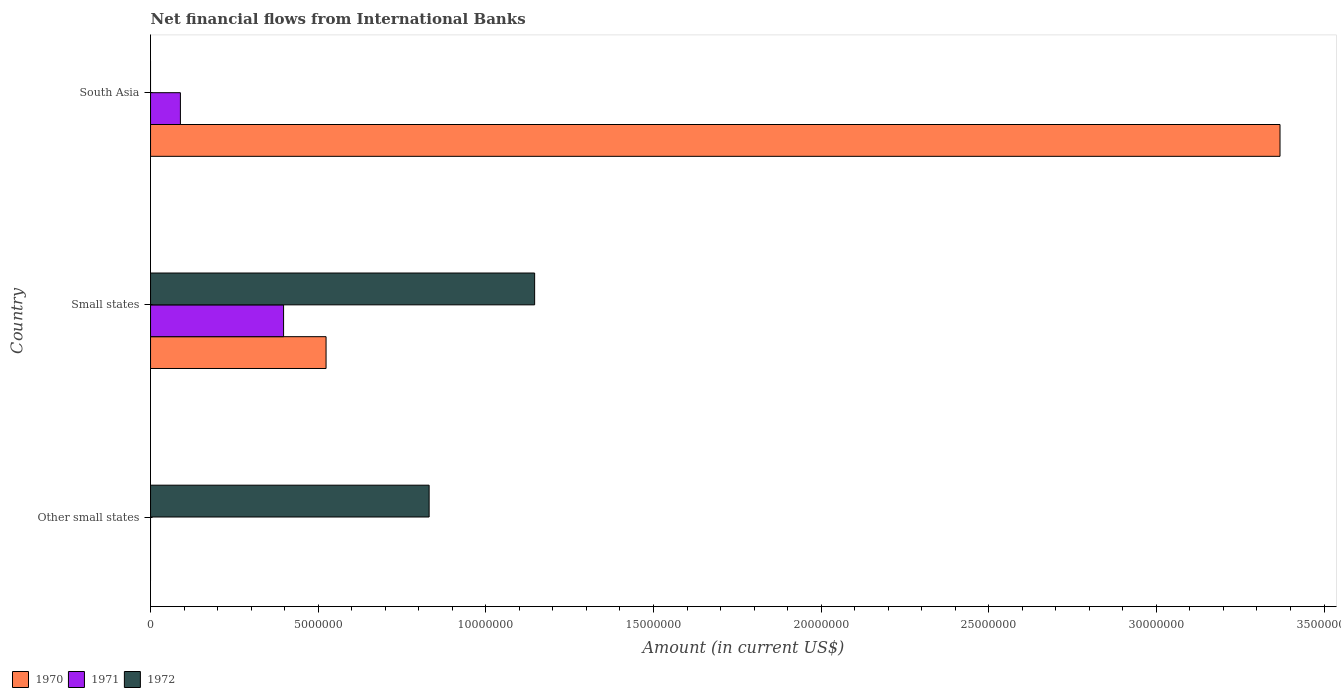
| Country | 1970 | 1971 | 1972 |
 | --- | --- | --- | --- |
 | Other small states | -1.06e+06 | -2.29e+06 | 8.31e+06 |
 | Small states | 5.24e+06 | 3.97e+06 | 1.15e+07 |
 | South Asia | 3.37e+07 | 8.91e+05 | -2e+07 |